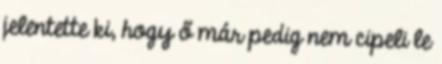
jelentette ki, hogy ő már pedig nem cipeli le